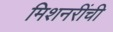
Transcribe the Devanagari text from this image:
मिशनरींची